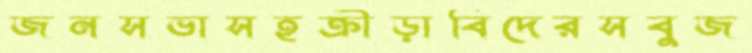
জনসভাসহক্রীড়াবিদেরসবুজ